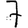
Digit: 7